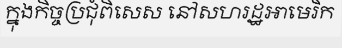
ក្នុងកិច្ចប្រជុំពិសេស នៅសហរដ្ឋអាមេរិក